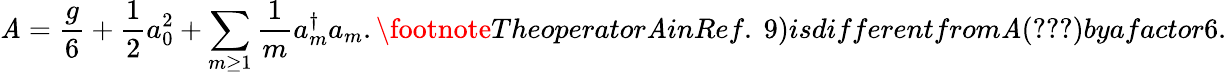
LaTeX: \mathit{A}={\frac{{g}}{{6}}}+{\frac{{1}}{{2}}}a_{0}^{2}+\sum_{m\geq1}{\frac{{1}}{{m}}}a_{m}^{\dagger}a_{m}.\footnote{}{{Theoperator\mathit{A}inRef.~9)isdifferentfrom\mathit{A}(\ref{{\mathit{A}}})byafactor6.}}